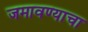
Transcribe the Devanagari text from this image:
जमावण्याचा